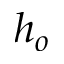
h _ { o }